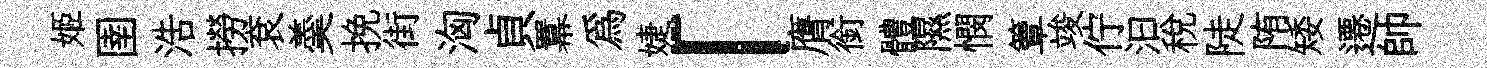
姬圉浩撈袞羮挽街洶貞羃為婕「膺銜體隰憫簟竣佇汩稅陡陏矮遷帥